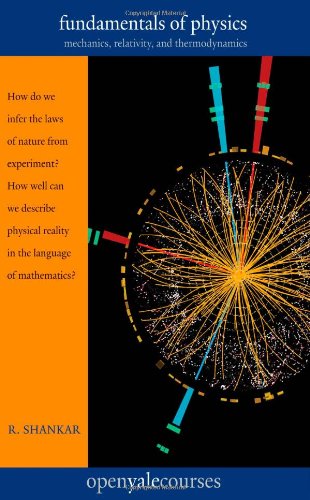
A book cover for Fundamentals of Physics: Mechanics, Relativity, and Thermodynamics (The Open Yale Courses Series); R. Shankar; Science & Math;